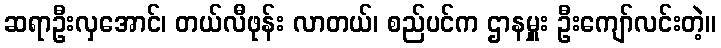
ဆရာဦးလှအောင်၊ တယ်လီဖုန်း လာတယ်၊ စည်ပင်က ဌာနမှူး ဦးကျော်လင်းတဲ့။